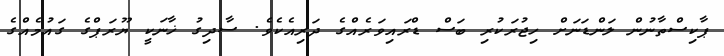
ޕާކިސްތާނުން ލަންޑަނަށް ހިޖުރަކުރި ބަސް ޑްރައިވަރެއްގެ ދަރިއެކެވެ. ސާދިގު ޚާނަކީ ޔޫރަޕްގެ ގައުމެއްގެ